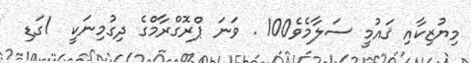
މިޔުޒިކާއި ޤައުމީ ސަލާމެވެ100 . ވަނަ ޕްރޮގްރާމްގެ ދިގުމިނަކީ  1ގަޑި